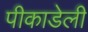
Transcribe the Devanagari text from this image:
पीकाडेली